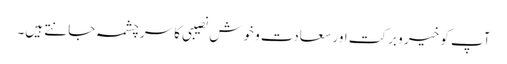
آپ کو خیر و برکت اور سعادت و خوش نصیبی کا سرچشمہ جانتے ہیں۔